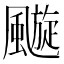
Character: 𩘶